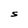
Character: S